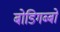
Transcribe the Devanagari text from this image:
बोडिगब्बो